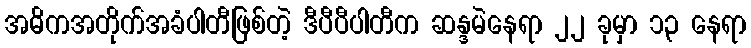
အဓိကအတိုက်အခံပါတီဖြစ်တဲ့ ဒီပီပီပါတီက ဆန္ဒမဲနေရာ ၂၂ ခုမှာ ၁၃ နေရာ